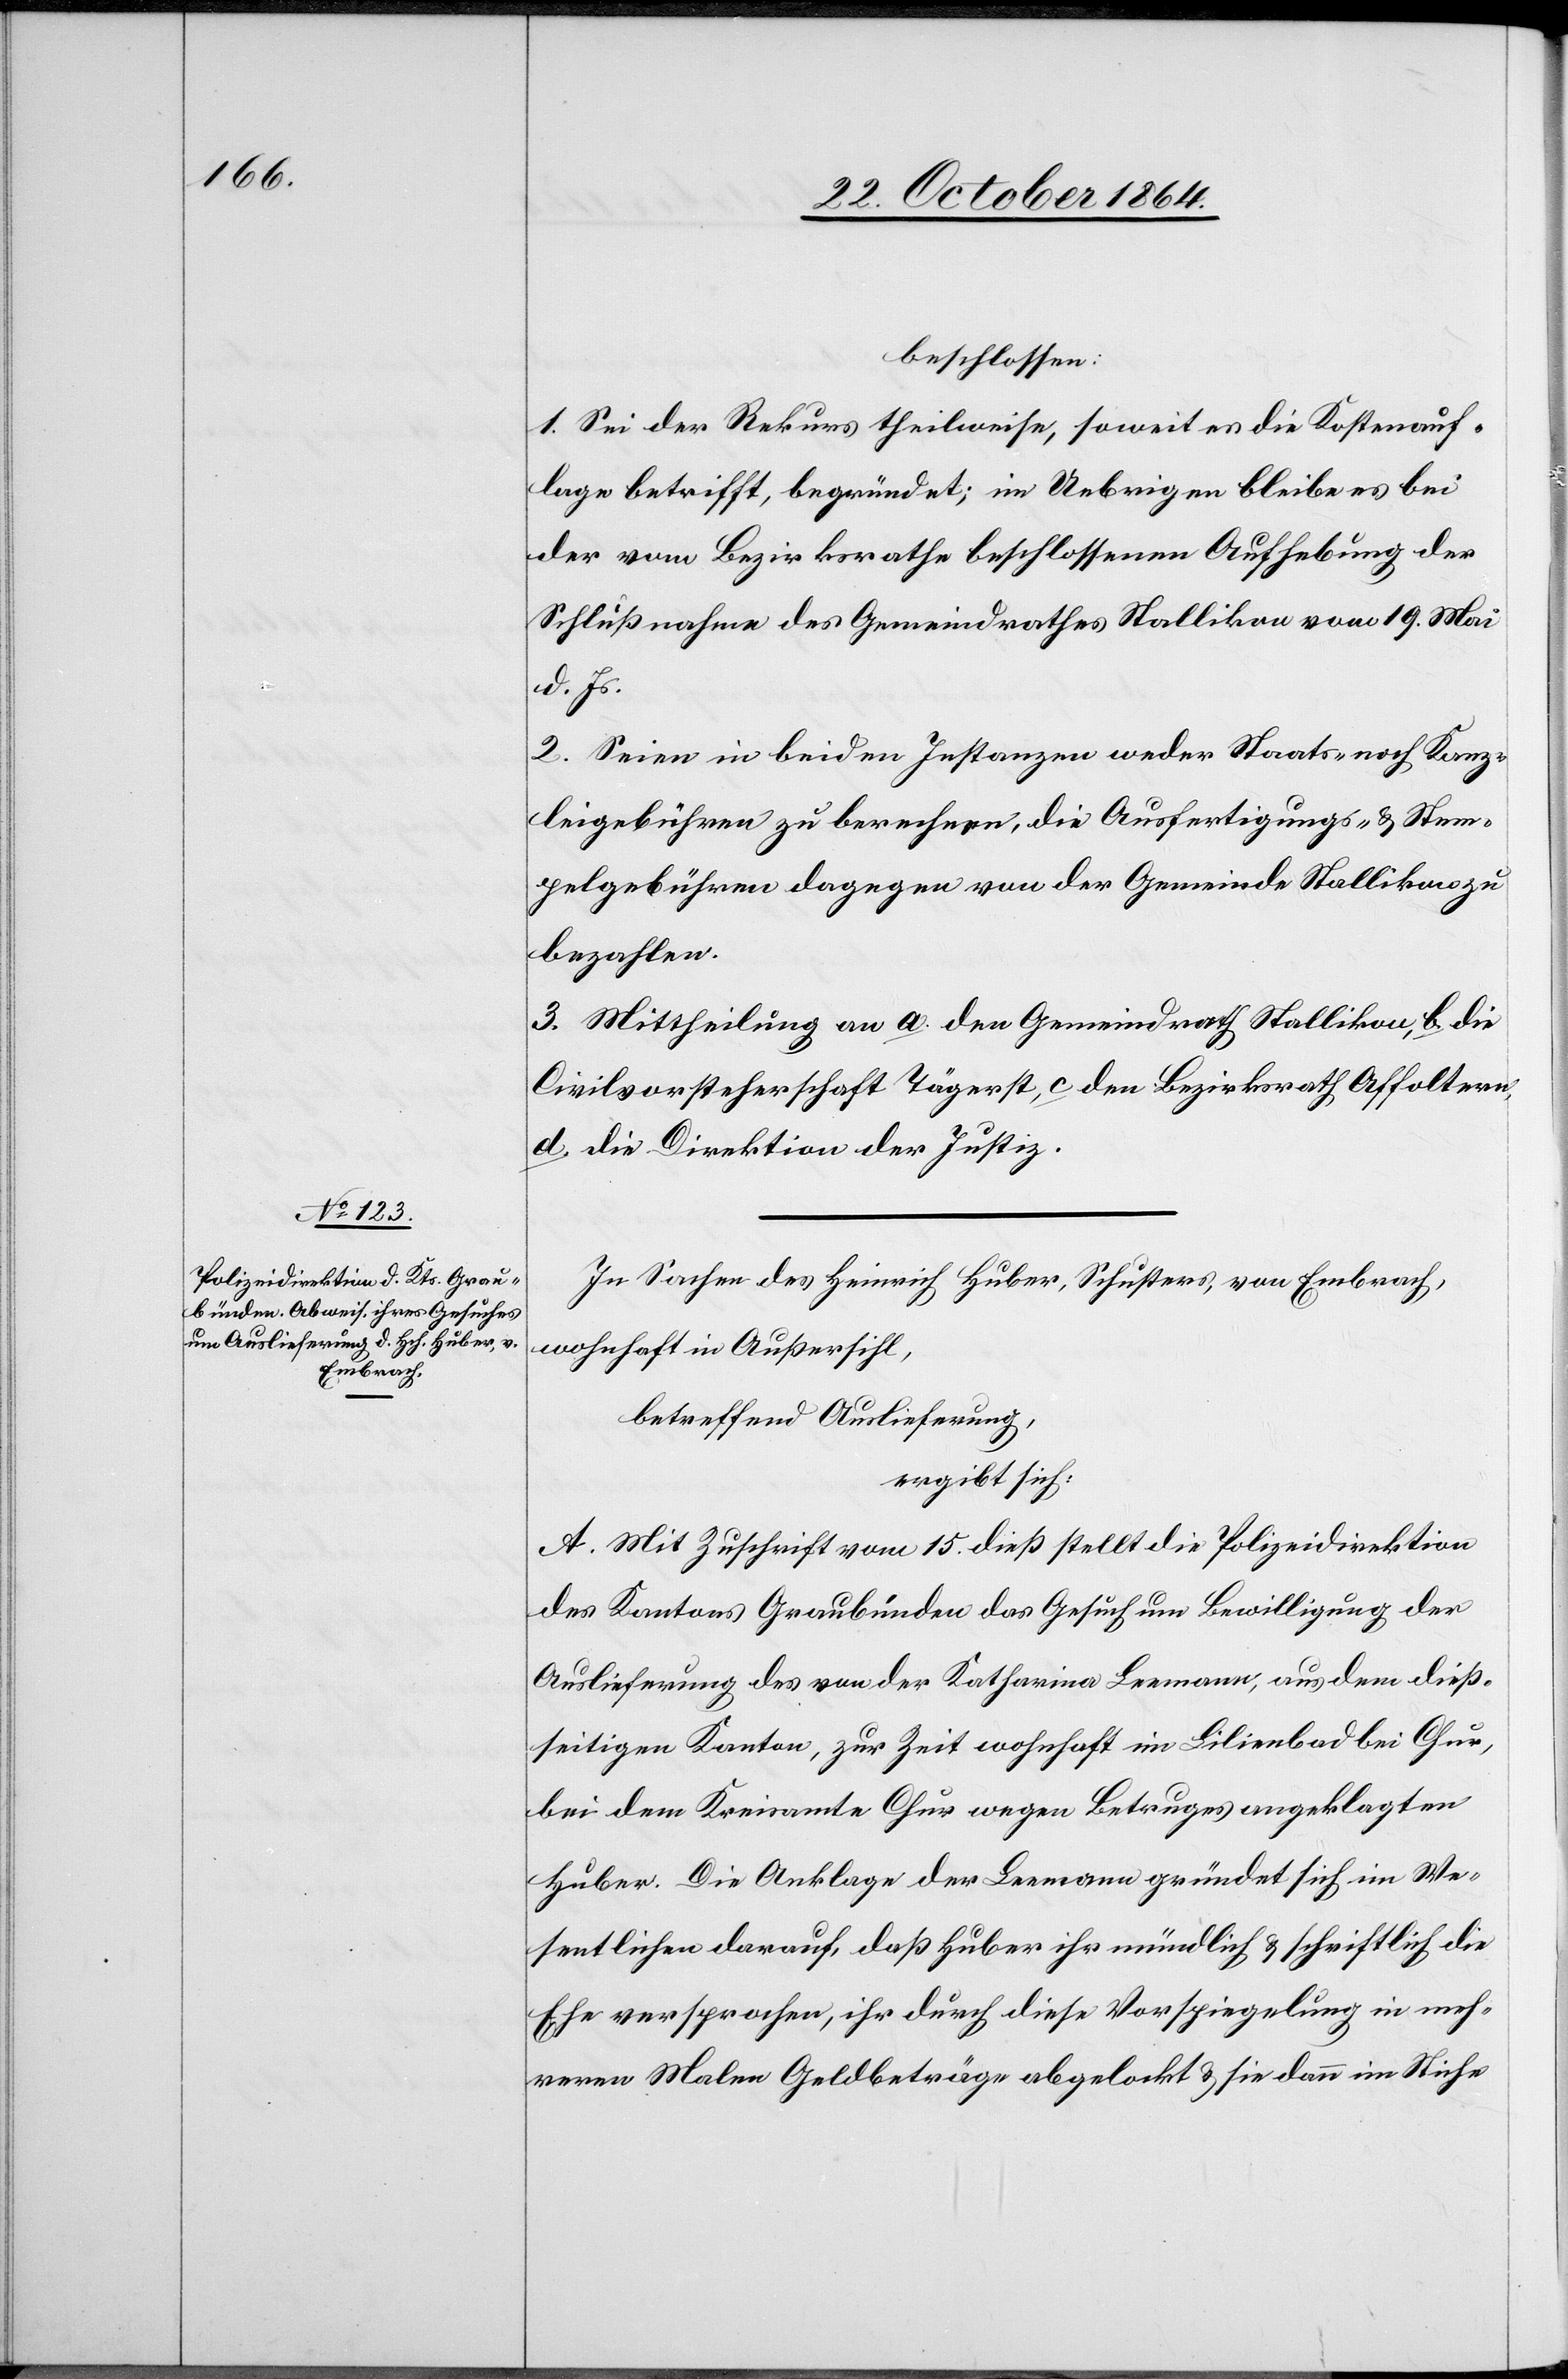
beschlossen:
1. Sei der Rekurs theilweise, soweit es die Kostenauf¬
lage betrifft, begründet; im Uebrigen bleibe es bei
der vom Bezirksrathe beschlossenen Aufhebung der
Schlußnahme des Gemeindrathes Stallikon vom 19. Mai
d. Js.
2. Seien in beiden Instanzen weder Staats- noch Kanz¬
leigebühren zu berechnen, die Ausfertigungs- & Stem¬
pelgebühren dagegen von der Gemeinde Stallikon zu
bezahlen.
3. Mittheilung an a. den Gemeindrath Stallikon, b. die
Civilvorsteherschaft Tägerst, c. den Bezirksrath Affoltern,
d. die Direktion der Justiz.
In Sachen des Heinrich Huber, Schuster, von Embrach,
wohnhaft in Außersihl,
betreffend Auslieferung,
ergibt sich:
A. Mit Zuschrift vom 15. dieß stellt die Polizeidirektion
des Kantons Graubünden das Gesuch um Bewilligung der
Auslieferung des von der Katharina Leemann, aus dem dieß¬
seitigen Kanton, zur Zeit wohnhaft in Lilienbad bei Chur,
bei dem Kreisamte Chur wegen Betruges angeklagten
Huber. Die Anklage der Leemann gründet sich im We¬
sentlichen darauf, daß Huber ihr mündlich & schriftlich die
Ehe versprochen, ihr durch diese Vorspiegelung in meh¬
reren Malen Geldbeträge abgelockt & sie dann im Stiche